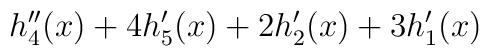
h_4''(x) + 4 h_5'(x) + 2 h_2'(x) + 3 h_1'(x)